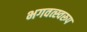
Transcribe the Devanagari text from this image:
भगवत्स्वरूप